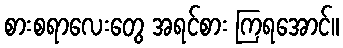
စားစရာလေးတွေ အရင်စား ကြရအောင်။